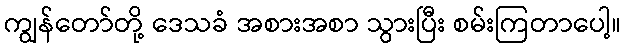
ကျွန်တော်တို့ ဒေသခံ အစားအစာ သွားပြီး စမ်းကြတာပေါ့။